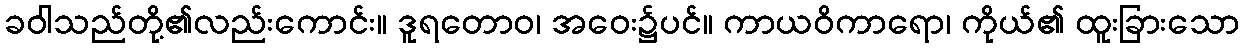
ခဝါသည်တို့၏လည်းကောင်း။ ဒူရတောဝ၊ အဝေး၌ပင်။ ကာယဝိကာရော၊ ကိုယ်၏ ထူးခြားသော